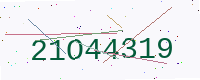
Text: 21O44319